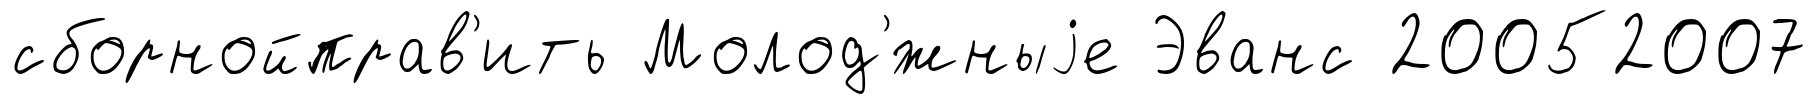
сборнойправ'ить Молод'́жныjе Эванс 20052007